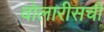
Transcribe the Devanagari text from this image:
वोलारीसची